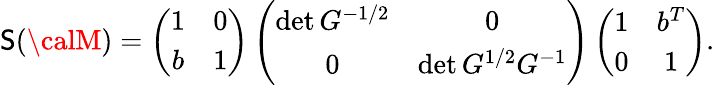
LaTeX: \mathsf{S}({\calM})=\left(\begin{array}{cc}{{1}}&{{0}}\\ {{b}}&{{1}}\end{array}\right)\left(\begin{array}{cc}{{\operatorname*{det}G^{-1/2}}}&{{0}}\\ {{0}}&{{\operatorname*{det}G^{1/2}G^{-1}}}\end{array}\right)\left(\begin{array}{cc}{{1}}&{{b^{T}}}\\ {{0}}&{{1}}\end{array}\right).